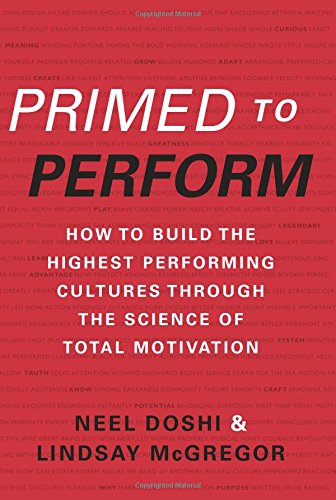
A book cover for Primed to Perform: How to Build the Highest Performing Cultures Through the Science of Total Motivation; Neel Doshi; Medical Books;